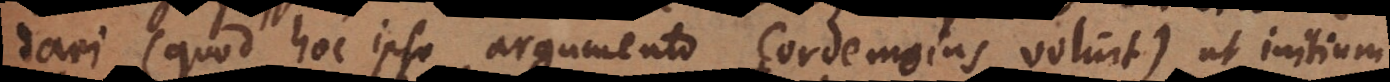
dari (quod hoc ipso argumento Cordemoius voluit) ut initium